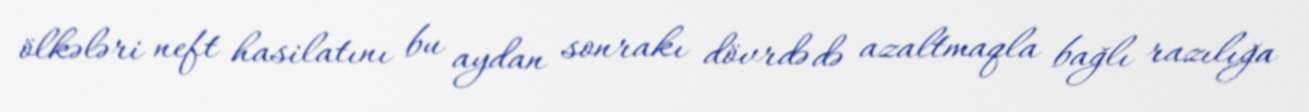
ölkələri neft hasilatını bu aydan sonrakı dövrdə də azaltmaqla bağlı razılığa